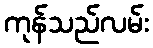
ကုန်သည်လမ်း